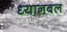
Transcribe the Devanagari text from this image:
ध्यानबल